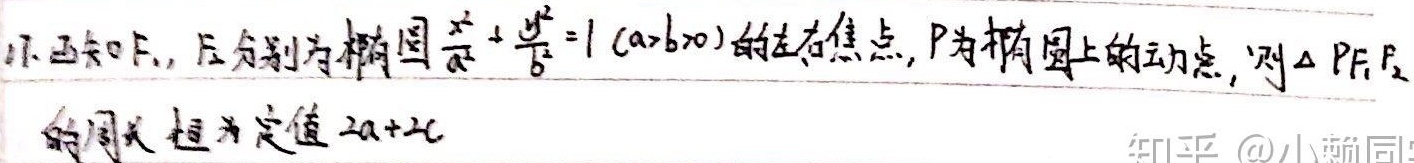
1. 已知\(F_1,F_2\)分别为椭圆\(\frac{x^{2}}{a^{2}}+\frac{y^{2}}{b^{2}} = 1\ (a > b > 0)\)的左、右焦点，\(P\)为椭圆上的动点，则\(\triangle PF_{1}F_{2}\)的周长恒为定值\(2a + 2c\)。